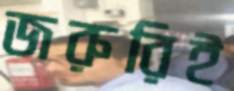
জরুরিই